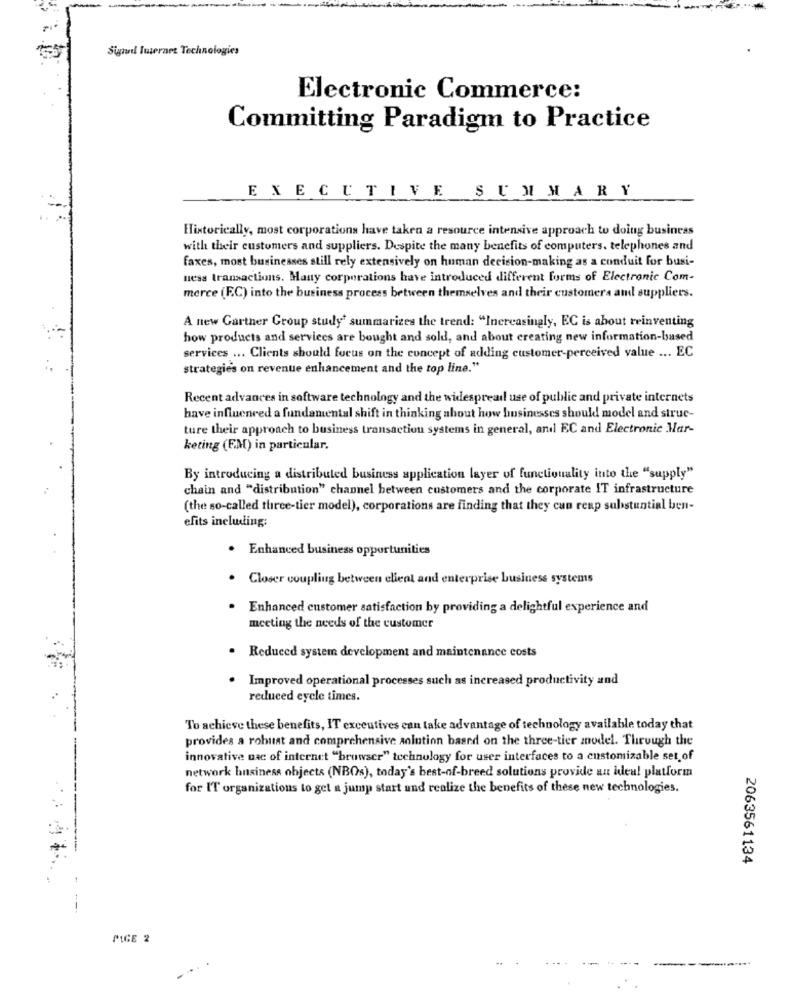
Sigal Internet Technologies
Electronic Commerce:
Committing Paradigm to Practice
EXECUTIVE SUMMARY
Historically, most corporations have taken a resource intensive approach to doing business
with their customers and suppliers. Despite the many benefits of computers. telephones and
faxes, most businesses still rely extensively on human decision-making as a conduit for busi-
ness transactions. Many corporations have introduced different forms of Electronic Com-
merce (F.C) into the business process between themselves and their customers and suppliers.
A new Gartner Group study' summarizes the trend: "Increasingly, EC is about reinventing
how products and services are bought and sold, and about creating new information-based
services ... Clients should focus on the concept of adding customer-perceived value ... EC
strategies on revenue enhancement and the top line."
Recent advances in software technology and the widespread use of public and private internets
have influenced a fundamental shift in thinking about how businesses should model and struc-
ture their approach to business transaction systems in general, and EC and Electronic Har-
keting (FM) in particular.
By introducing a distributed business application layer of functionality into the "supply"
chain and "distribution" channel between customers and the corporate IT infrastructure
(the so-called three-tier model), corporations are finding that they can reap substantial ben-
efits including;
. Enhanced business opportunities
.
Closer coupling between client and enterprise business systems
Enhanced customer satisfaction by providing a delightful experience and
meeting the needs of the customer
Reduced system development and maintenance costs
Improved operational processes such as increased productivity and
reduced cycle times.
To achieve these benefits, IT exceutives can take advantage of technology available today that
provides a robust and comprehensive solution based on the three-tier model. Through the
innovative nac of internet "browser" technology for user interfaces to a customizable set of
network business objects (NBOs), today's best-of-breed solutions provide an idea! platform
for I'T organizations to get a jump start und realize the benefits of these new technologies.
2063561134
MICE 2
.